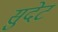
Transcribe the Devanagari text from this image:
सुदेट